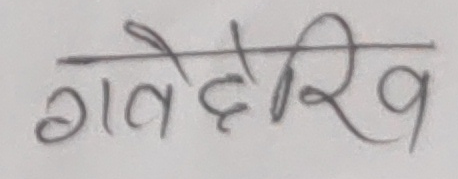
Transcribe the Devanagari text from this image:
गावैदेखि